Lunatic asylums Punjab 1911-1921 - 1911-1921
Year: 1911
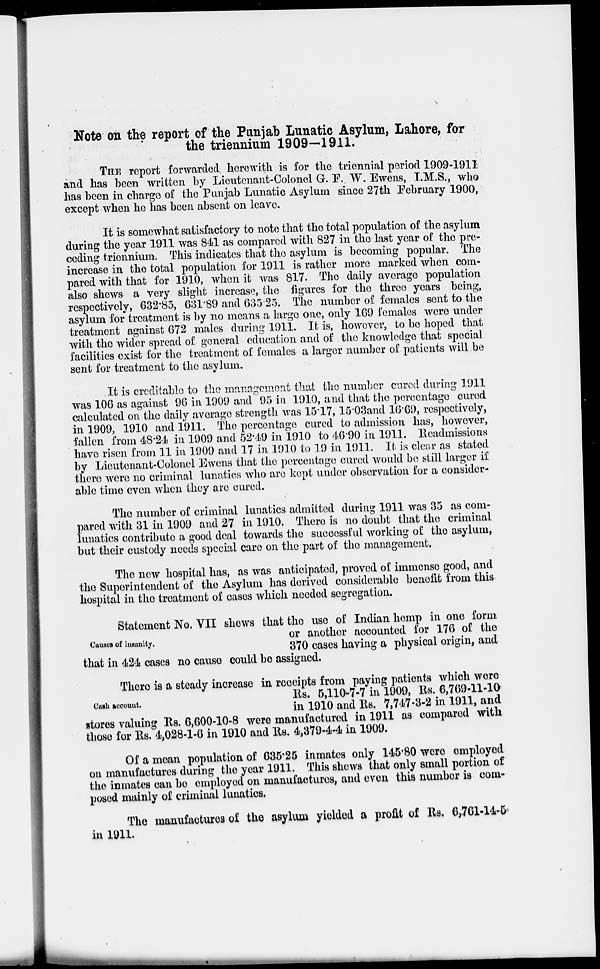
Note on the report of the Punjab Lunatic Asylum, Lahore, for
the triennium 1909—1911.
THE report forwarded herewith is for the triennial period 1909-1911
and has been written by Lieutenant-Colonel G.F. W. Ewens, I.M.S., who
has been in charge of the Punjab Lunatic Asylum since 27th February 1900,
except when he has been absent on leave.
It is somewhat satisfactory to note that the total population of the asylum
during the year 1911 was 841 as compared with 827 in the last year of the pre-
ceding triennium. This indicates that the asylum is becoming popular. The
increase in the total population for 1911 is rather more marked when com-
pared with that for 1910, when it was 817. The daily average population
also shews a very slight increase, the figures for the three years being,
respectively, 632.85, 631.89 and 635.25. The number of females sent to the
asylum for treatment is by no means a large one, only 169 females were under
treatment against 672 males during 1911. It is, however, to be hoped that
with the wider spread of general education and of the knowledge that special
facilities exist for the treatment of females a larger number of patients will be
sent for treatment to the asylum.
It is creditable to the management that the number cured during 1911
was 106 as against 96 in 1909 and 95 in 1910, and that the percentage cured
calculated on the daily average strength was 15.17, 15.03and 16.69, respectively,
in 1909, 1910 and 1911. The percentage cured to admission has, however,
fallen from 48.24 in 1909 and 52.49 in 1910 to 46.90 in 1911. Readmissions
have risen from 11 in 1909 and 17 in 1910 to 19 in 1911. It is clear as stated
by Lieutenant-Colonel Ewens that the percentage cured would be still larger if
there were no criminal lunatics who are kept under observation for a consider-
able time even when they are cured.
The number of criminal lunatics admitted during 1911 was 35 as com-
pared with 31 in 1909 and 27 in 1910. There is no doubt that the criminal
lunatics contribute a good deal towards the successful working of the asylum,
but their custody needs special care on the part of the management.
The new hospital has, as was anticipated, proved of immense good, and
the Superintendent of the Asylum has derived considerable benefit from this
hospital in the treatment of cases which needed segregation.
Causes of insanity.
Statement No. VII shows that the use of Indian hemp in one form
or another accounted for 176 of the
370 cases having a physical origin, and
that in 424 cases no cause could be assigned.
Cash account.
There is a steady increase in receipts from paying patients which were
Rs. 5,110-7-7 in 1909, Rs. 6,769-11-10
in 1910 and Rs. 7,747-3-2 in 1911, and
stores valuing Rs. 6,600-10-8 were manufactured in 1911 as compared with
those for Rs. 4,028-1-6 in 1910 and Rs. 4,379-4-4 in 1909.
Of a moan population of 635.25 inmates only 145.80 were employed
on manufactures during the year 1911. This shows that only small portion of
the inmates can be employed on manufactures, and even this number is com-
posed mainly of criminal lunatics.
The manufactures of the asylum yielded a profit of Rs. 6,761-14-5
in 1911.